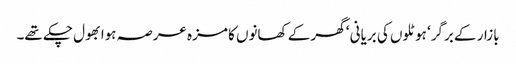
بازار کے برگر‘ ہوٹلوں کی بریانی ‘ گھر کے کھانوں کا مزہ عرصہ ہوا بھول چکے تھے۔